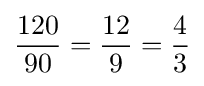
{\frac {120}{90}}={\frac {12}{9}}={\frac {4}{3}}